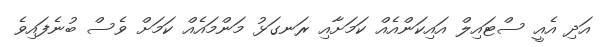
އަދި އެއީ ސްޓައިލް އައިކަންއެއް ކަމަށާއި ރަނގަޅު މަންމައެއް ކަމަށް ވެސް ބުނެފައިވެ